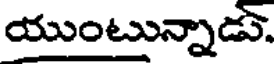
యుంటున్నాడు.